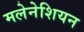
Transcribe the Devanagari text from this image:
मलेनेशियन